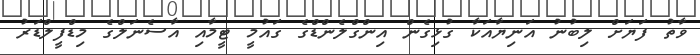
ވާތު ފަޔަށް ލިބުނު އަނިޔާއަކާ ގުޅިގެން އިންގްލެންޑްގެ ގައުމީ ޓީމާއި އާސެނަލްގެ މިޑްފީލްޑަރު